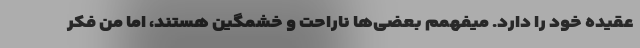
عقیده خود را دارد. میفهمم بعضی‌ها ناراحت و خشمگین هستند، اما من فکر